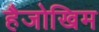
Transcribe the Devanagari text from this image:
हैजोखिम